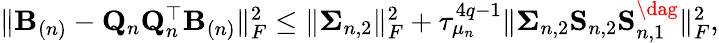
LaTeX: \begin{array}{r}{\| \mathbf{B}_{(n)}-\mathbf{Q}_{n}\mathbf{Q}_{n}^{\top}\mathbf{B}_{(n)}\| _{F}^{2}\leq\| {\mathbf\Sigma}_{n,2}\| _{F}^{2}+\tau_{\mu_{n}}^{4q-1}\| {\mathbf\Sigma}_{n,2}{\mathbf S}_{n,2}{\mathbf S}_{n,1}^{\dag}\| _{F}^{2},}\end{array}